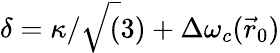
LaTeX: \delta=\kappa/\sqrt(3)+\Delta\omega_{c}(\vec{r}_{0})